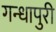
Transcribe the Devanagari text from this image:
गन्धापुरी